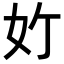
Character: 𪥥